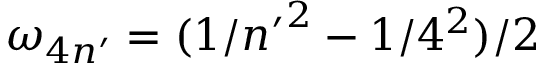
\omega _ { 4 n ^ { \prime } } = ( 1 / { n ^ { \prime } } ^ { 2 } - 1 / 4 ^ { 2 } ) / 2